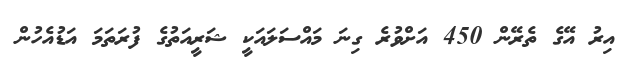
އިރު އޭގެ ތެރޭން 450 އަށްވުރެ ގިނަ މައްސަލައަކީ ޝަރީއަތުގެ ފުރަތަމަ އަޑުއެހުން